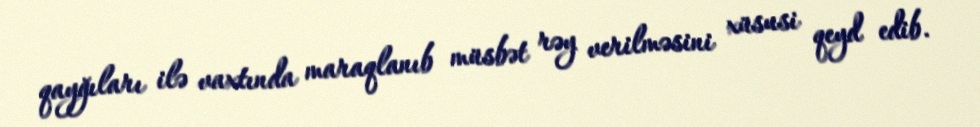
qayğıları ilə vaxtında maraqlanıb müsbət rəy verilməsini xüsusi qeyd edib.